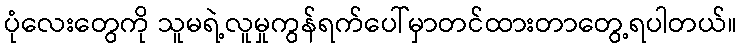
ပုံလေးတွေကို သူမရဲ့လူမှုကွန်ရက်ပေါ်မှာတင်ထားတာတွေ့ရပါတယ်။